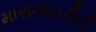
માયનોઇરીટી